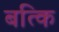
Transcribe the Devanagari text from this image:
बत्कि